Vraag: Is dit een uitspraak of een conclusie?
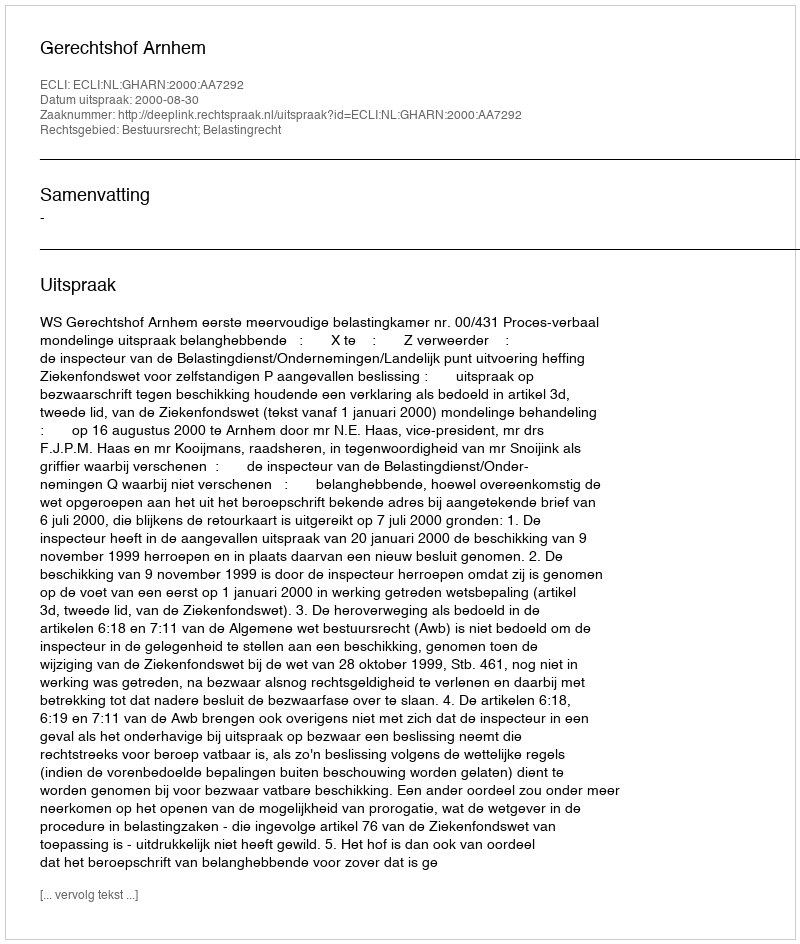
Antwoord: Uitspraak